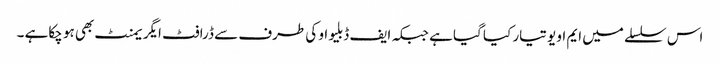
اس سلسلے میں ایم او یو تیار کیا گیا ہے جبکہ ایف ڈبلیو او کی طرف سے ڈرافٹ ایگر یمنٹ بھی ہو چکاہے ۔